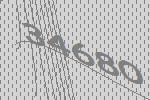
34680